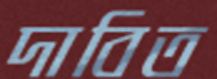
দাবিত